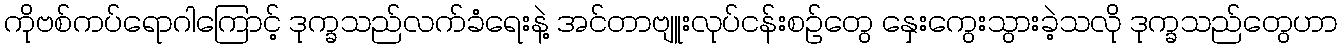
ကိုဗစ်ကပ်ရောဂါကြောင့် ဒုက္ခသည်လက်ခံရေးနဲ့ အင်တာဗျူးလုပ်ငန်းစဉ်တွေ နှေးကွေးသွားခဲ့သလို ဒုက္ခသည်တွေဟာ